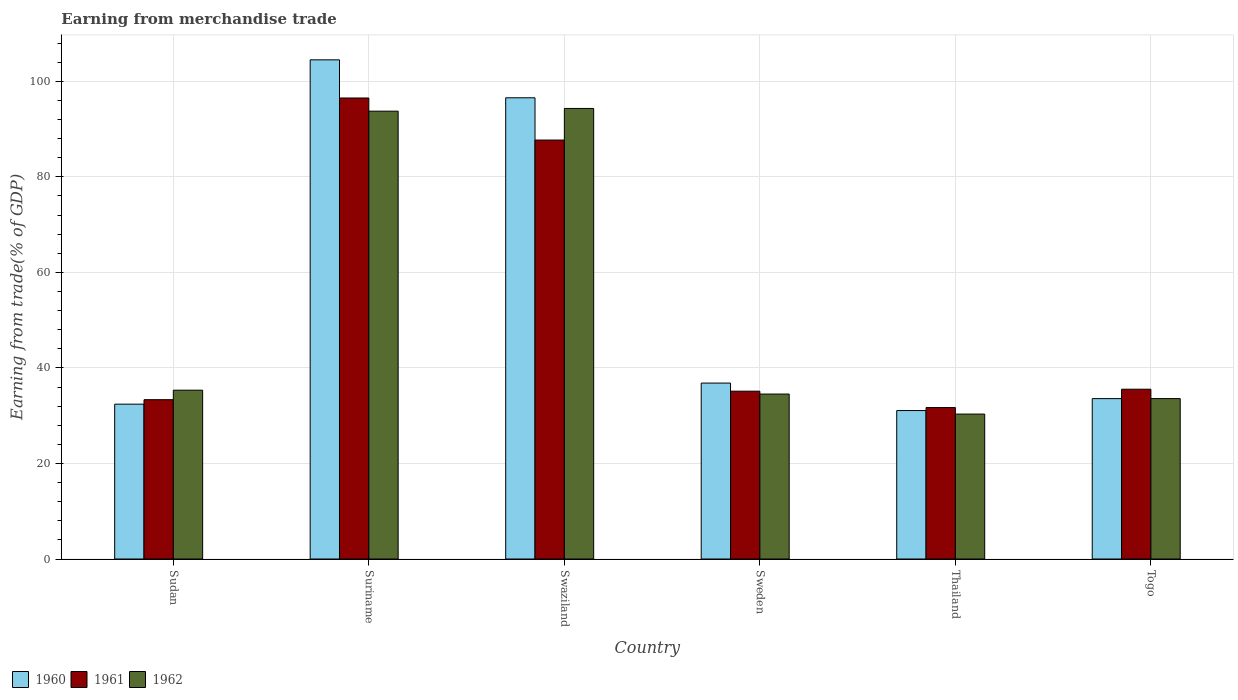
| Country | 1960 | 1961 | 1962 |
 | --- | --- | --- | --- |
 | Sudan | 32.4 | 33.4 | 35.3 |
 | Suriname | 105 | 96.5 | 93.8 |
 | Swaziland | 96.6 | 87.7 | 94.3 |
 | Sweden | 36.8 | 35.1 | 34.5 |
 | Thailand | 31.1 | 31.7 | 30.3 |
 | Togo | 33.6 | 35.5 | 33.6 |